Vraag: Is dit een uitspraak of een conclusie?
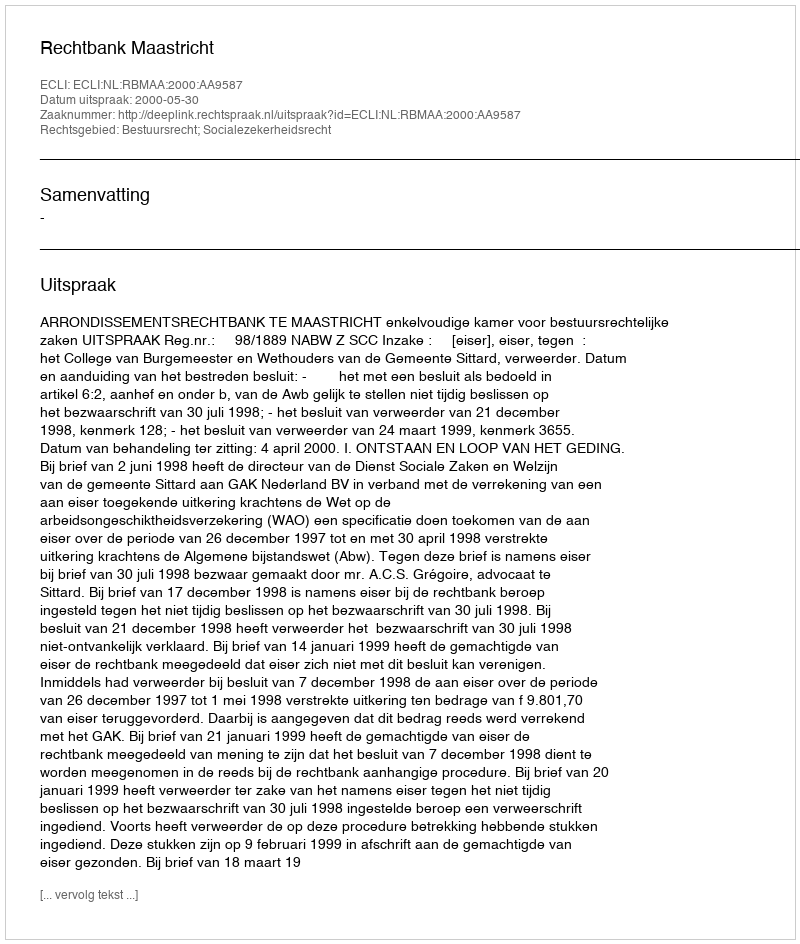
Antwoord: Uitspraak